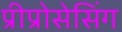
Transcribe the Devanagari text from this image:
प्रीप्रोसेसिंग